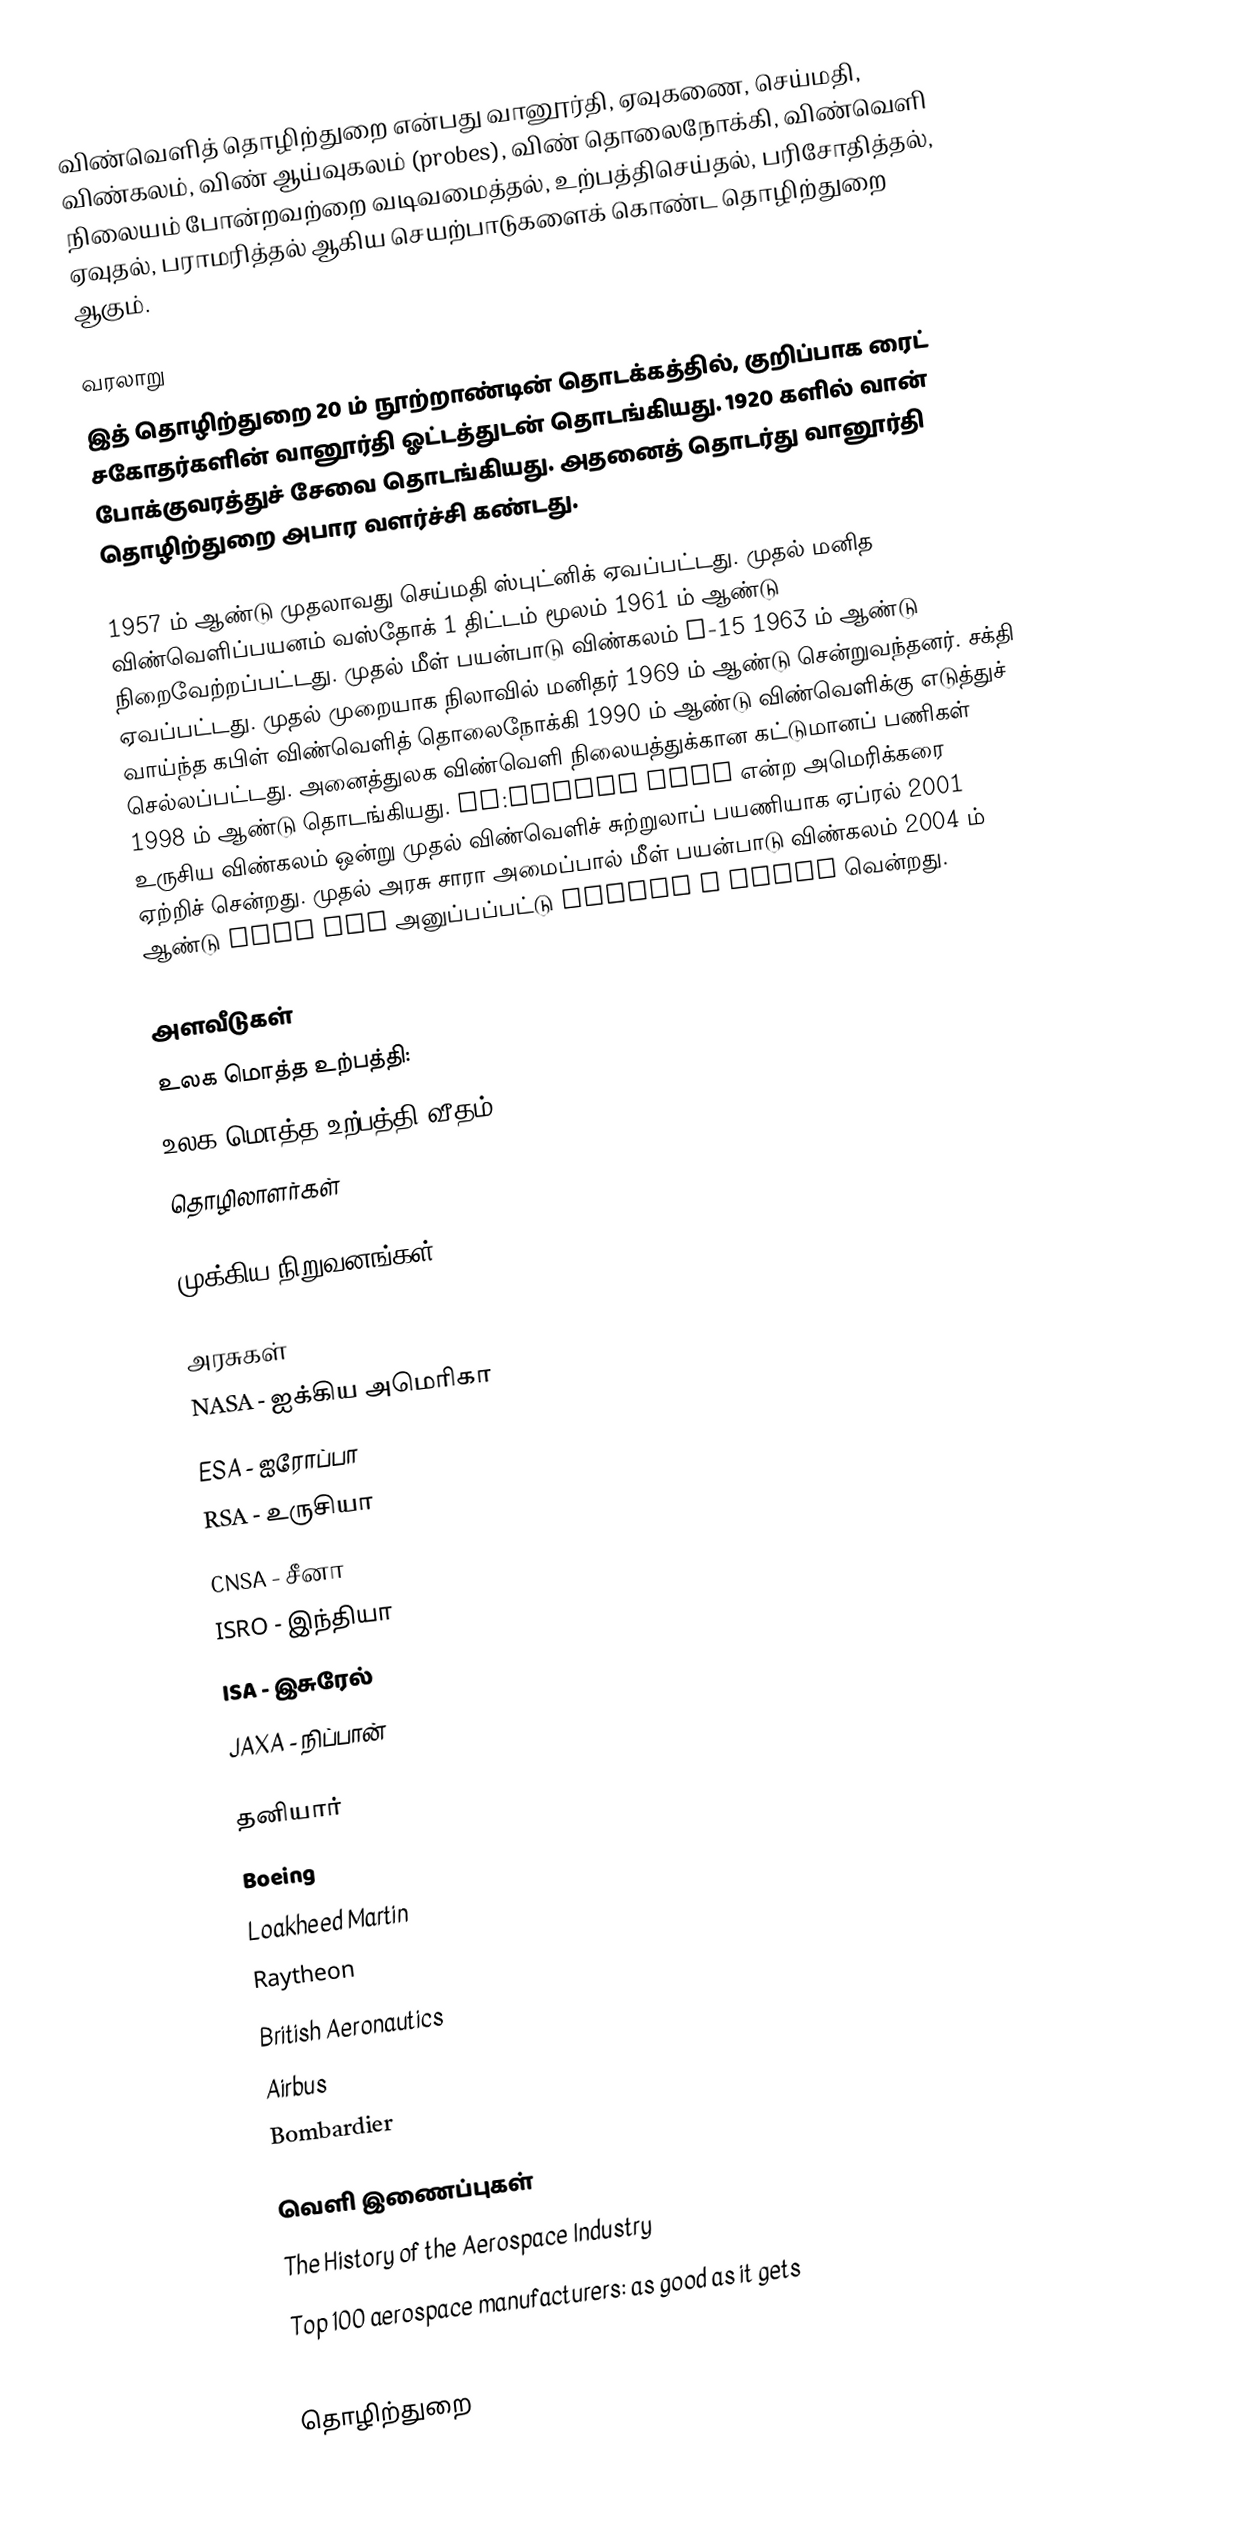
விண்வெளித் தொழிற்துறை என்பது வானூர்தி, ஏவுகணை, செய்மதி, விண்கலம், விண் ஆய்வுகலம் (probes), விண் தொலைநோக்கி, விண்வெளி நிலையம் போன்றவற்றை வடிவமைத்தல், உற்பத்திசெய்தல், பரிசோதித்தல், ஏவுதல், பராமரித்தல் ஆகிய செயற்பாடுகளைக் கொண்ட தொழிற்துறை ஆகும்.

வரலாறு
இத் தொழிற்துறை 20 ம் நூற்றாண்டின் தொடக்கத்தில், குறிப்பாக ரைட் சகோதர்களின் வானூர்தி ஓட்டத்துடன் தொடங்கியது. 1920 களில் வான் போக்குவரத்துச் சேவை தொடங்கியது. அதனைத் தொடர்து வானூர்தி தொழிற்துறை அபார வளர்ச்சி கண்டது.

1957 ம் ஆண்டு முதலாவது செய்மதி ஸ்புட்னிக் ஏவப்பட்டது. முதல் மனித விண்வெளிப்பயனம் வஸ்தோக் 1 திட்டம் மூலம் 1961 ம் ஆண்டு நிறைவேற்றப்பட்டது. முதல் மீள் பயன்பாடு விண்கலம் X-15 1963 ம் ஆண்டு ஏவப்பட்டது. முதல் முறையாக நிலாவில் மனிதர் 1969 ம் ஆண்டு சென்றுவந்தனர். சக்தி வாய்ந்த கபிள் விண்வெளித் தொலைநோக்கி 1990 ம் ஆண்டு விண்வெளிக்கு எடுத்துச் செல்லப்பட்டது. அனைத்துலக விண்வெளி நிலையத்துக்கான கட்டுமானப் பணிகள் 1998 ம் ஆண்டு தொடங்கியது. en:Dennis Tito என்ற அமெரிக்கரை உருசிய விண்கலம் ஒன்று முதல் விண்வெளிச் சுற்றுலாப் பயணியாக ஏப்ரல் 2001 ஏற்றிச் சென்றது. முதல் அரசு சாரா அமைப்பால் மீள் பயன்பாடு விண்கலம் 2004 ம் ஆண்டு Tier One அனுப்பப்பட்டு Ansari X Prize வென்றது.

அளவீடுகள்
 உலக மொத்த உற்பத்தி:
 உலக மொத்த உற்பத்தி வீதம்:
 தொழிலாளர்கள்

முக்கிய நிறுவனங்கள்

அரசுகள்
 NASA - ஐக்கிய அமெரிகா
 ESA - ஐரோப்பா
 RSA - உருசியா
 CNSA - சீனா
 ISRO - இந்தியா
 ISA - இசுரேல்
 JAXA - நிப்பான்

தனியார்
 Boeing
 Loakheed Martin
 Raytheon
 British Aeronautics
 Airbus
 Bombardier

வெளி இணைப்புகள்
 The History of the Aerospace Industry
 Top 100 aerospace manufacturers: as good as it gets

தொழிற்துறை